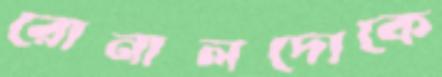
রোনালদোকে